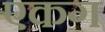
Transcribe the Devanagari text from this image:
एकग